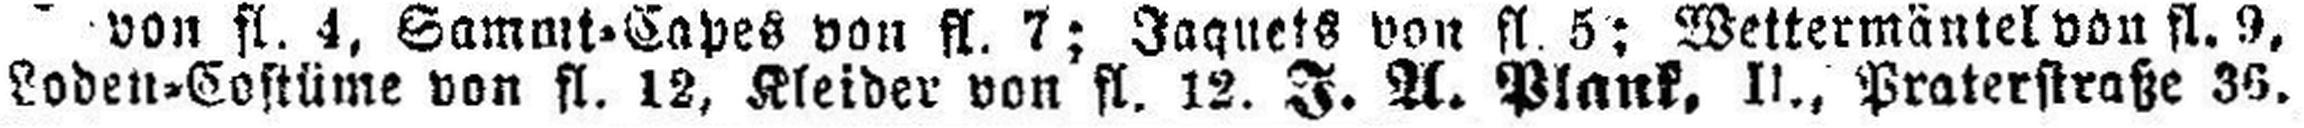
Loden=Costüme von fl. 12, Kleider von fl. 12. J. U. Plank, II., Praterstraße 36.